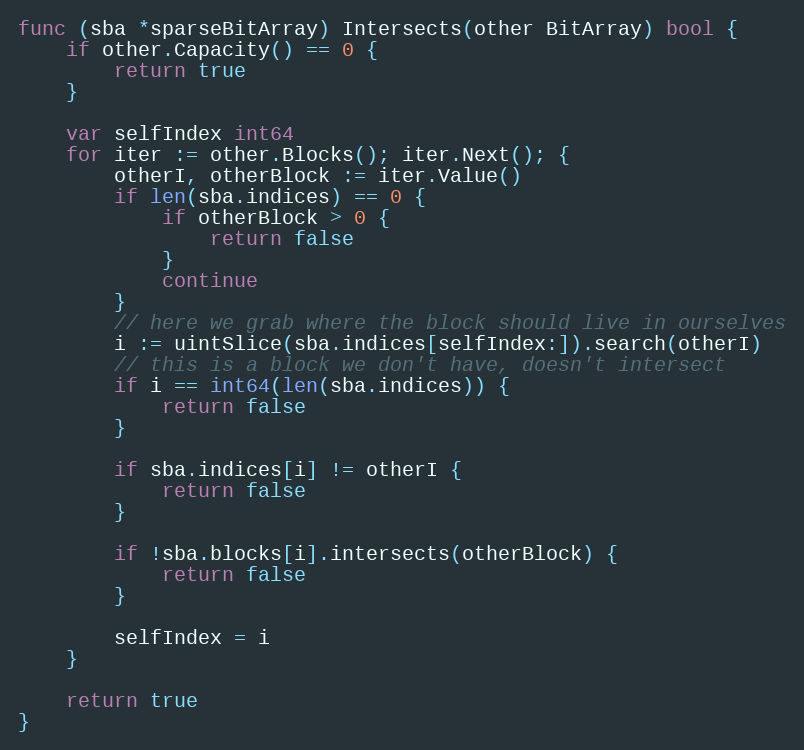
Language: Go
func (sba *sparseBitArray) Intersects(other BitArray) bool {
	if other.Capacity() == 0 {
		return true
	}

	var selfIndex int64
	for iter := other.Blocks(); iter.Next(); {
		otherI, otherBlock := iter.Value()
		if len(sba.indices) == 0 {
			if otherBlock > 0 {
				return false
			}
			continue
		}
		// here we grab where the block should live in ourselves
		i := uintSlice(sba.indices[selfIndex:]).search(otherI)
		// this is a block we don't have, doesn't intersect
		if i == int64(len(sba.indices)) {
			return false
		}

		if sba.indices[i] != otherI {
			return false
		}

		if !sba.blocks[i].intersects(otherBlock) {
			return false
		}

		selfIndex = i
	}

	return true
}